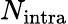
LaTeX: N_{\mathrm{intra}}